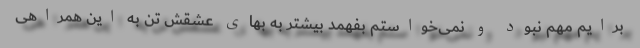
برایم مهم نبود و نمی‌خواستم بفهمد بیشتر به بهای عشقش تن به این همراهی